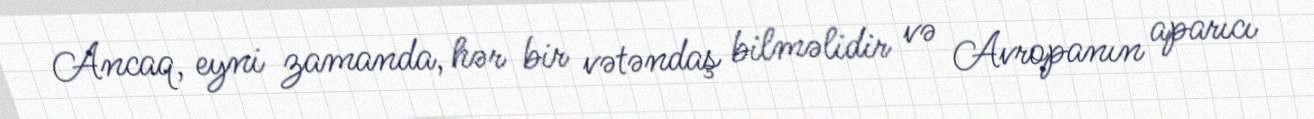
Ancaq, eyni zamanda, hər bir vətəndaş bilməlidir və Avropanın aparıcı